Report of the Indian Hemp Drugs Commission, 1894-1895 - Volume VII
Year: 1894
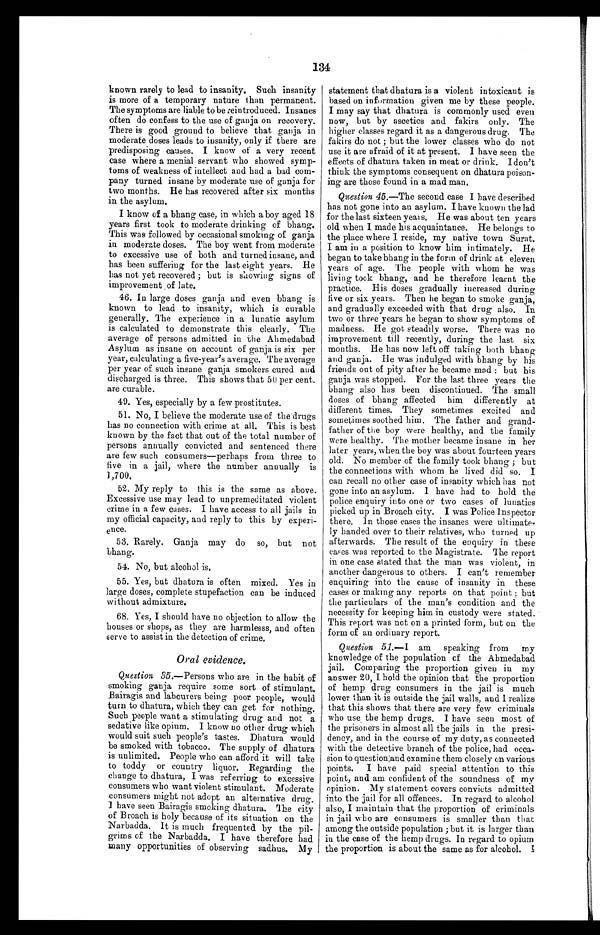
134
known rarely to lead to insanity. Such insanity
is more of a temporary nature than permanent.
The symptoms are liable to be reintroduced. Insanes
often do confess to the use of ganja on recovery.
There is good ground to believe that ganja in
moderate doses leads to insanity, only if there are
predisposing causes. I know of a very recent
case where a menial servant who showed symp--
toms of weakness of intellect and had a bad com--
pany turned insane by moderate use of ganja for
two months. He has recovered after six months
in the asylum.
I know of a bhang case, in which a boy aged 18
years first took to moderate drinking of bhang.
This was followed by occasional smoking of ganja
in moderate doses. The boy went from moderate
to excessive use of both and turned insane, and
has been suffering for the last eight years. He
has not yet recovered; but is showing signs of
improvement . of late.
46. In large doses ganja and even bhang is
known to lead to insanity, which is curable
generally. The experience in a lunatic asylum
is calculated to demonstrate this clearly. The
average of persons admitted in the Ahmedabad
Asylum as insane on account of ganja is six per
year, calculating a five-year's average. The average
per year of such insane ganja smokers cured and
discharged is three. This shows that 50 per cent.
are curable.
49. Yes, especially by a few prostitutes.
51. No, I believe the moderate use of the drugs
has no connection with crime at all. This is best
known by the fact that out of the total number of
persons annually convicted and sentenced there
are few such consumers—perhaps from three to
five in a jail, where the number annually is
1 , 7 0 0 ,
52. My reply to this is the same as above.
Excessive use may lead to unpremeditated violent
crime in a few cases. I have access to all jails in
my official capacity, and reply to this by experi--
ence.
53. Rarely. Ganja may do so, but not
bhang.
54. No, but alcohol is.
55. Yes, but dhatura is often mixed. Yes in
large doses, complete stupefaction can be induced
without admixture.
68. Yes, I should have no objection to allow the
houses or shops, as they are harmlesss, and often
serve to assist in the detection of crime.
Oral evidence.
Question 35.—Persons who are in the habit of
smoking ganja require some sort of stimulant.
Bairagis and labourers being poor people, would
turn to dhatura, which they can get for nothing.
Such people want a stimulating drug and not a
sedative like opium. I know no other drug which
would suit such people's tastes. Dhatura would
be smoked with tobacco. The supply of dhatura
is unlimited. People who can afford it will take
to toddy or country liquor. Regarding the
change to dhatura, I was referring to excessive
consumers who want violent stimulant. Moderate
consumers might not adopt an alternative drug.
I have seen Bairagis smoking dhatura. The city
of Broach is holy because of its situation on the
Narbadda. It is much frequented by the pil
-grims of the Narbadda. I have therefore had
many opportunities of observing sadhus. My
statement that dhatura is a violent intoxicant is
based on information given me by these people.
I may say that dhatura is commonly used even
now, but by ascetics and fakirs only. The
higher classes regard it as a dangerous drug. The
fakirs do not ; but the lower classes who do not
use it are afraid of it at present. I have seen the
effects of dhatura taken in meat or drink. I don't
think the symptoms consequent on dhatura poison--
ing are those found in a mad man.
Question 45.—The second case I have described
has not gone into an asylum. I have known the lad
for the last sixteen years. He was about ten years
old when I made his acquaintance. He belongs to
the place where I reside, my native town Surat.
I am in a position to know him intimately. He
began to take bhang in the form of drink at eleven
years of age. The people with whom he was
living took bhang, and he therefore learnt the
practice. His doses gradually increased during
five or six years. Then he began to smoke ganja,
and gradually exceeded with that drug also. In
two or three years he began to show symptoms of
madness. He got steadily worse. There was no
improvement till recently, during the last six
months. He has now left off taking both bhang
and ganja. He was indulged with bhang by his
friends out of pity after he became mad : but his
ganja was stopped. For the last three years the
bhang also has been discontinued. The small
doses of bhang affected him differently at
different times. They sometimes excited and
sometimes soothed him. The father and grand--
father of the boy were healthy, and the family
were healthy. The mother became insane in her
later years, when the boy was about fourteen years
old. No member of the family took bhang ; but
the connections with whom he lived did so, I
can recall no other case of insanity which has not
gone into an asylum. I have had to hold the
police enquiry into one or two cases of lunatics
picked up in Broach city. I was Police Inspector
there. In those cases the insanes were ultimate
-ly handed over to their relatives, who turned up
afterwards. The result of the enquiry in these
cases was reported to the Magistrate. The report
in one case stated that the man was violent, in
another dangerous to others. I can't remember
enquiring into the cause of insanity in these
cases or making any reports on that point ; but
the particulars of the man's condition and the
necessity for keeping him in custody were stated.
This report was not on a printed form, but on the
form of an ordinary report.
Question 51.— I am speaking from my
knowledge of the population of the Ahmedabad
jail. Comparing the proportion given in my
answer 20, I hold the opinion that the proportion
of hemp drug consumers in the jail is much
lower than it is outside the jail walls, and I realize
that this shows that there are very few criminals
who use the hemp drugs. I have seen most of
the prisoners in almost all the jails in the presi--
dency, and in the course of my duty, as connected
with the detective branch of the police, had occa--
sion to question and examine them closely on various
points. I have paid special attention to this
point, and am confident of the soundness of my
opinion. My statement covers convicts admitted
into the jail for all offences. In regard to alcohol
also, I maintain that the proportion of criminals
in jail who are consumers is smaller than that
among the outside population ; but it is larger than
in the case of the hemp drugs. In regard to opium
the proportion is about the same as for alcohol.